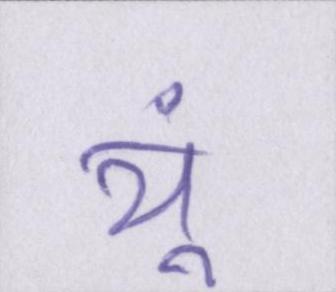
यूं